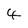
Character: 4